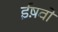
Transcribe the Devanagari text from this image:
ईष़वों